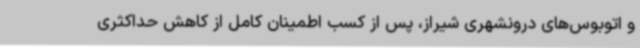
و اتوبوس‌های درونشهری شیراز، پس از کسب اطمینان کامل از کاهش حداکثری